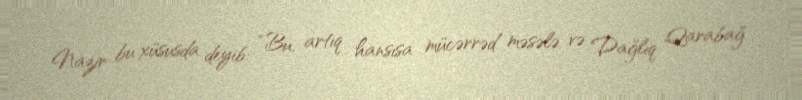
Nazir bu xüsusda deyib: “Bu, artıq hansısa mücərrəd məsələ və Dağlıq Qarabağ